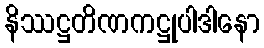
နိဿဋ္ဌတိဏကဋ္ဌုပါဒါနော